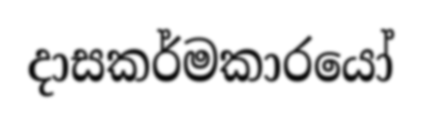
දාසකර්මකාරයෝ